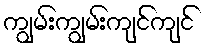
ကျွမ်းကျွမ်းကျင်ကျင်